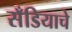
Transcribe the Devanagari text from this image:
सँडियाचे